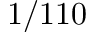
1 / 1 1 0